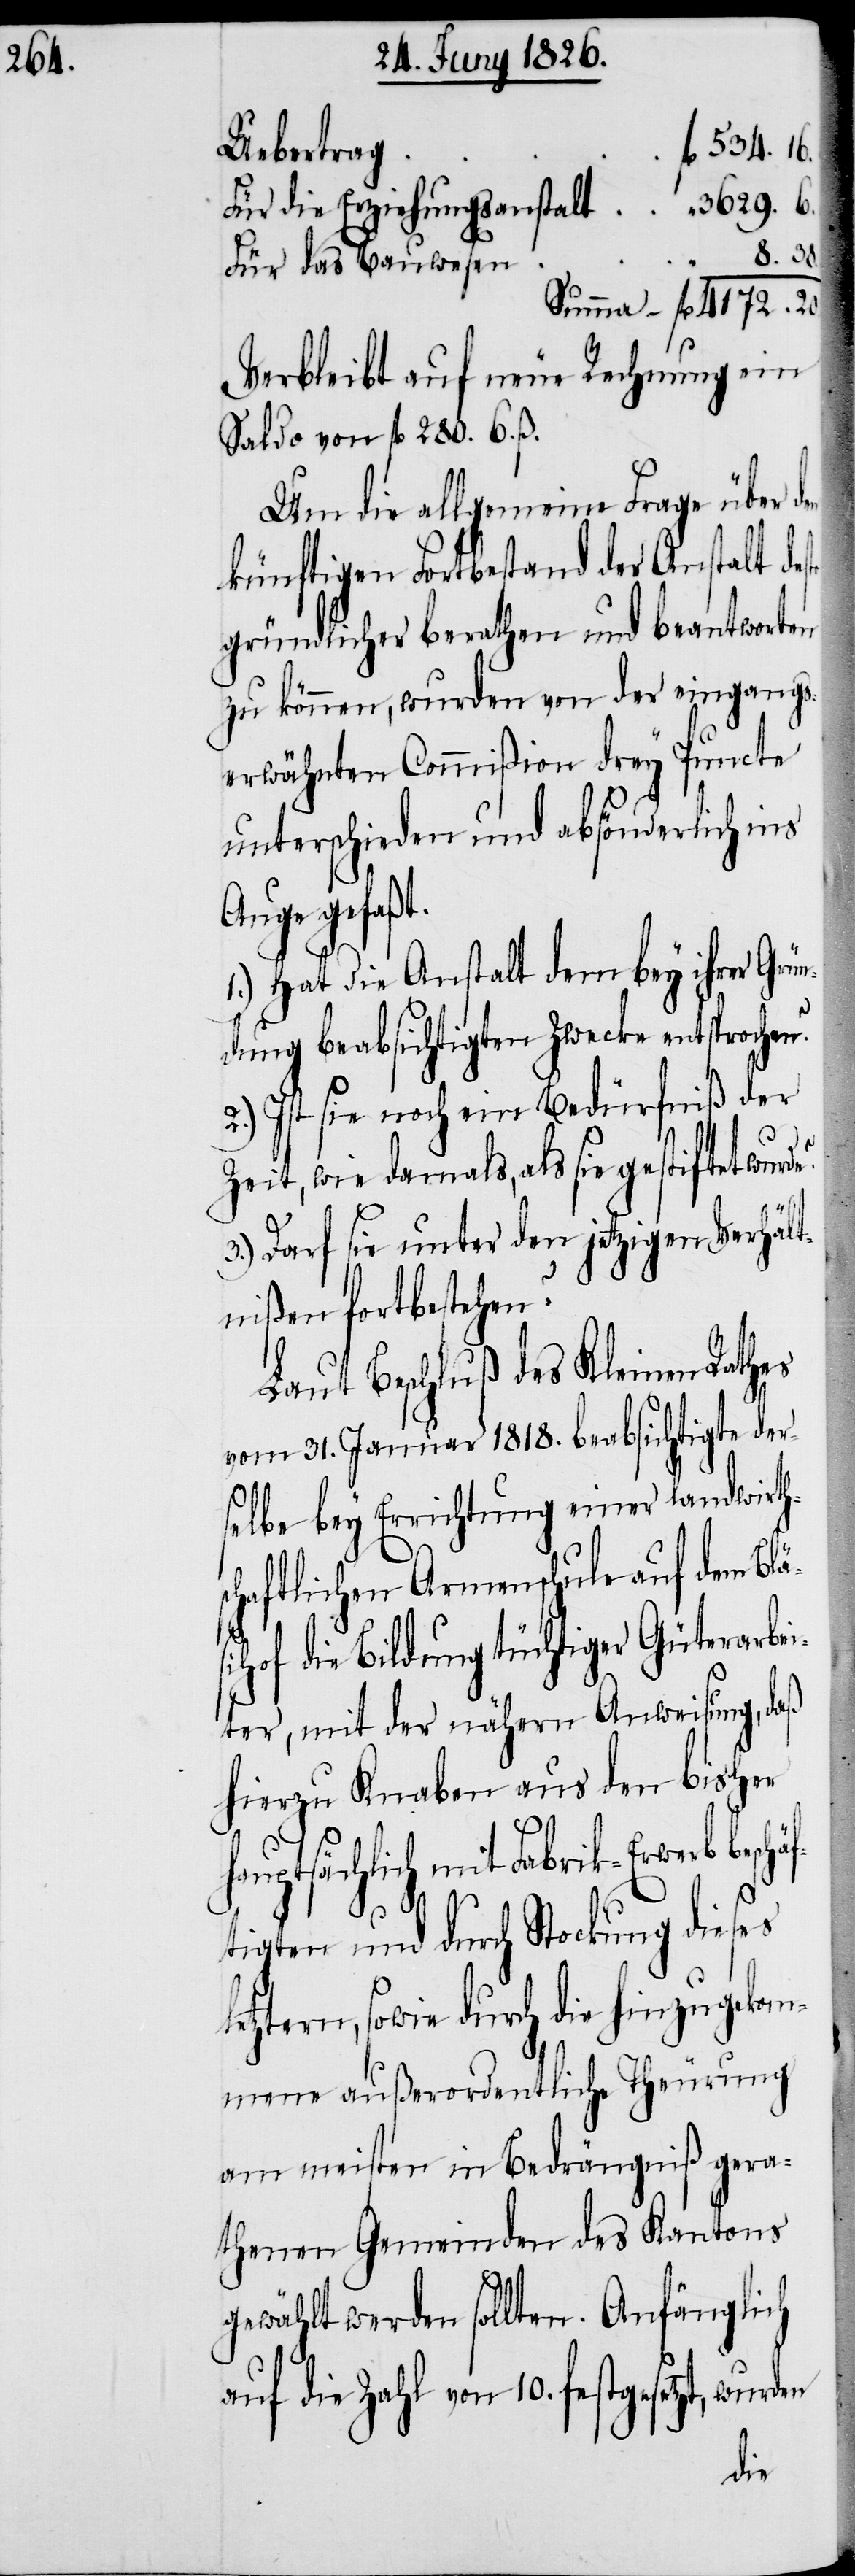
3629.

Für die Erziehungsanstalt
Für das Bauwesen
Verbleibt auf neue Rechnung ein
Saldo von fl. 280. 6. ß.
Um die allgemeine Frage über d¬
künftigen Forbestand der Anstalt de¬
gründlicher berathen und beantworten
zu können, wurden von der eingangs¬
erwähnten Commißion drey Puncte
unterschieden und absönderlich ins
Auge gefaßt.
1.) Hat die Anstalt dem bey ihrer Grü¬
ndung beabsichtigten Zwecke entsprochen?
2.) Ist sie noch ein Bedürfniß der
Zeit, wie damals, als sie gestiftet wurd¬
3.) Darf sie unter den jetzigen Verhält¬
nißen fortbestehen?
Laut Beschluß des Kleinen Rathes
vom 31. Januar 1818. beabsichtigte der¬
selbe bey Errichtung einer landwirth¬
chaftlichen Armenschule auf dem Blä¬
sihof die Bildung tüchtiger Güterarbei¬
ter, mit der nähern Anweisung, daß
hierzu Knaben aus den bisher
hauptsächlich mit Fabrikerwerb besc¬
l¬
tigten und durch Stockung dieses
etztern, sowie durch die hinzugekom¬
mene außerordentliche Theuerung
am meisten in Bedrängniß gera¬
thenen Gemeinden des Kantons
gewählt werden sollten. Anfänglich
auf die Zahl von 10. festgesetzt, wur¬
den